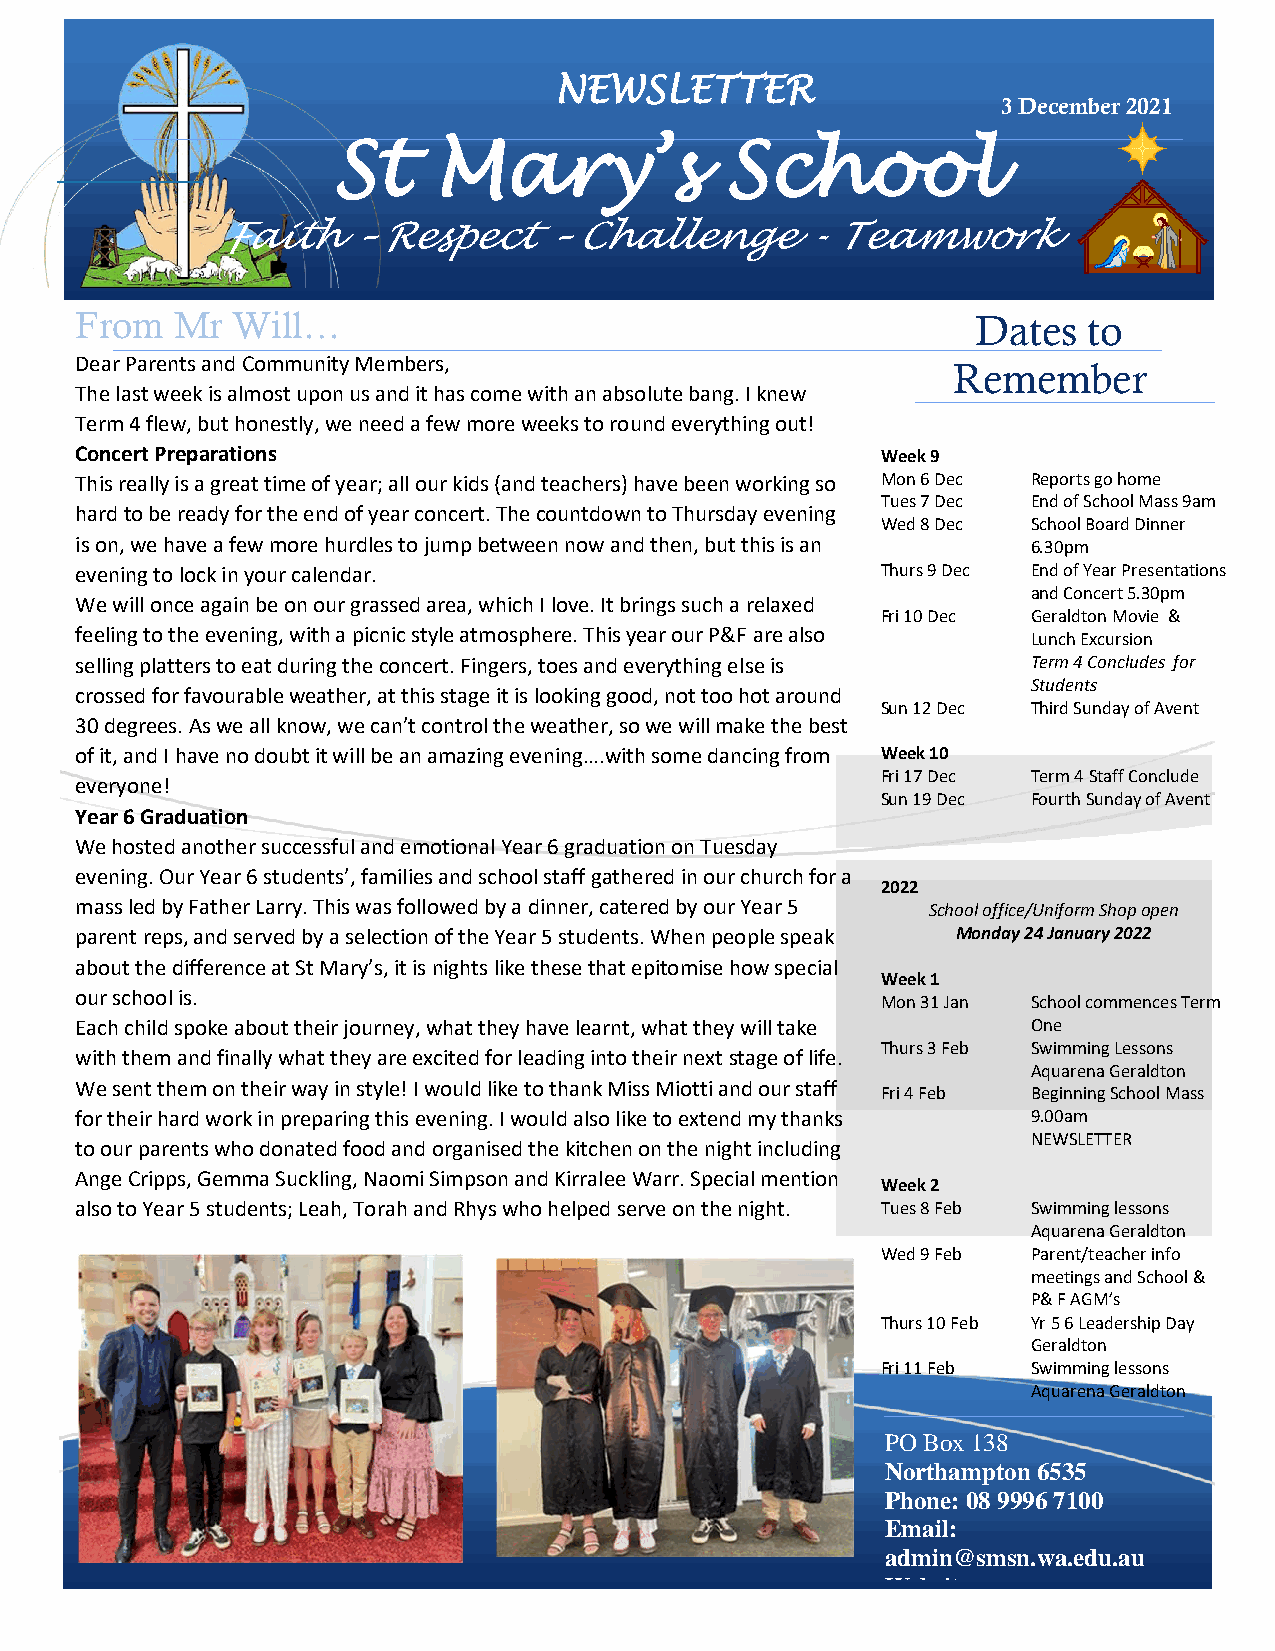
NEWSLETTER
 3 December 2021
 St     Mary’s             School
 Faith   – Respect    – Challenge      - Teamwork
 From  Mr  Will…                                             Dates  to
 Dear Parents and Community Members,
 Remember
 The last week is almost upon us and it has come with an absolute bang. I knew
 Term 4 flew, but honestly, we need a few more weeks to round everything out!
 Concert Preparations                                 Week 9
 This really is a great time of year; all our kids (and teachers) have been working so Mon 6 Dec Reports go home
 Tues 7 Dec End of School Mass 9am
 hard to be ready for the end of year concert. The countdown to Thursday evening
 Wed 8 Dec School Board Dinner
 is on, we have a few more hurdles to jump between now and then, but this is an 6.30pm
 evening to lock in your calendar.                    Thurs 9 Dec End of Year Presentations
 and Concert 5.30pm
 We will once again be on our grassed area, which I love. It brings such a relaxed
 Fri 10 Dec Geraldton Movie &
 feeling to the evening, with a picnic style atmosphere. This year our P&F are also Lunch Excursion
 selling platters to eat during the concert. Fingers, toes and everything else is Term 4 Concludes for
 Students
 crossed for favourable weather, at this stage it is looking good, not too hot around
 Sun 12 Dec Third Sunday of Avent
 30 degrees. As we all know, we can’t control the weather, so we will make the best
 of it, and I have no doubt it will be an amazing evening….with some dancing from Week 10
 Fri 17 Dec Term 4 Staff Conclude
 everyone!
 Sun 19 Dec Fourth Sunday of Avent
 Year 6 Graduation
 We hosted another successful and emotional Year 6 graduation on Tuesday
 evening. Our Year 6 students’, families and school staff gathered in our church for a
 2022
 mass led by Father Larry. This was followed by a dinner, catered by our Year 5 School office/Uniform Shop open
 parent reps, and served by a selection of the Year 5 students. When people speak Monday 24 January 2022
 about the difference at St Mary’s, it is nights like these that epitomise how special
 Week 1
 our school is.                                       Mon 31 Jan School commences Term
 Each child spoke about their journey, what they have learnt, what they will take One
 Thurs 3 Feb Swimming Lessons
 with them and finally what they are excited for leading into their next stage of life.
 Aquarena Geraldton
 We sent them on their way in style! I would like to thank Miss Miotti and our staff
 Fri 4 Feb Beginning School Mass
 for their hard work in preparing this evening. I would also like to extend my thanks 9.00am
 NEWSLETTER
 to our parents who donated food and organised the kitchen on the night including
 Ange Cripps, Gemma Suckling, Naomi Simpson and Kirralee Warr. Special mention
 Week 2
 also to Year 5 students; Leah, Torah and Rhys who helped serve on the night. Tues 8 Feb Swimming lessons
 Aquarena Geraldton
 Wed 9 Feb Parent/teacher info
 meetings and School &
 P& F AGM’s
 Thurs 10 Feb Yr 5 6 Leadership Day
 Geraldton
 Fri 11 Feb Swimming lessons
 Aquarena Geraldton
 PO Box 138
 Northampton 6535
 Phone: 08 9996 7100
 Email:
 admin@smsn.wa.edu.au
 Website:
 www.smsn.wa.edu.au